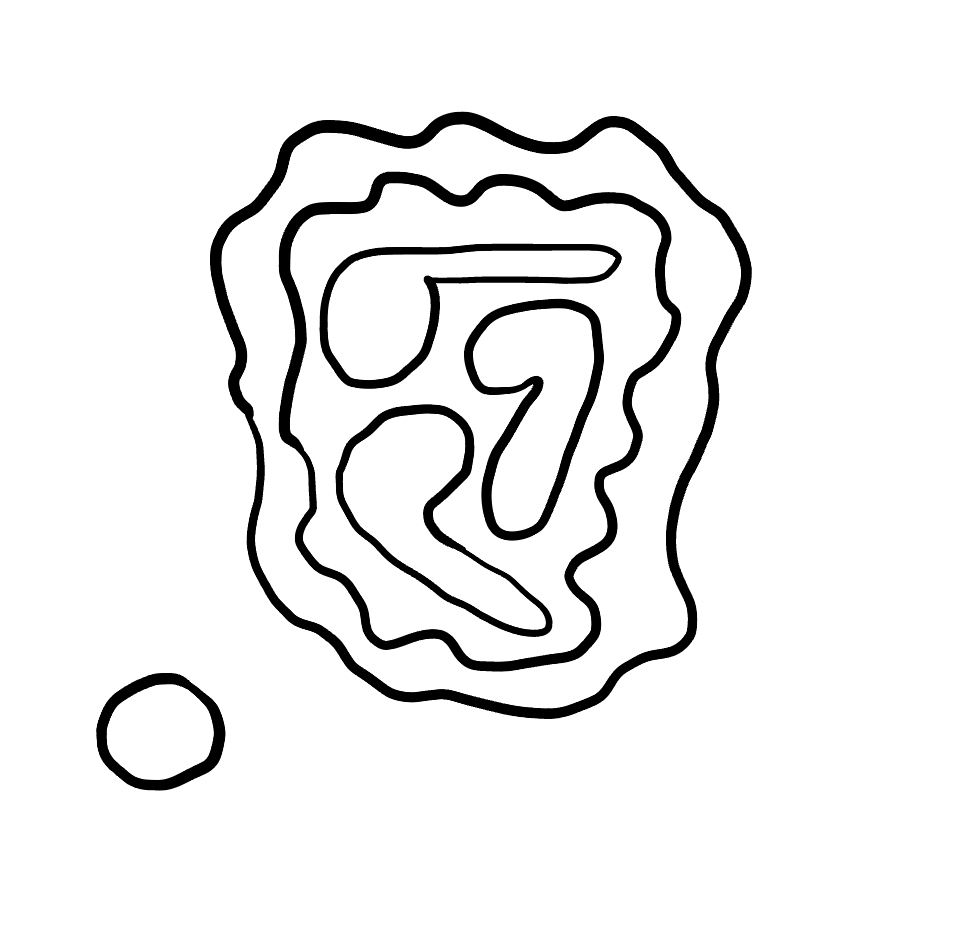
Number of regions (including the outer root region): 7
Containment tree edges (parent, child): 0, 1, 0, 2, 2, 3, 3, 4, 3, 5, 3, 6